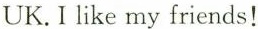
UK.I like my friends!